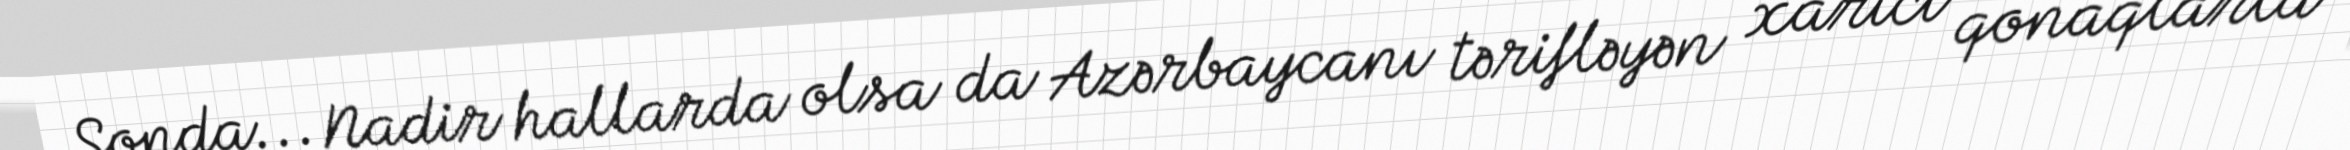
Sonda... Nadir hallarda olsa da Azərbaycanı tərifləyən xarici qonaqlarla